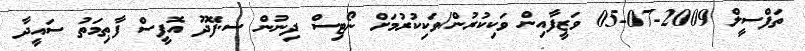
ތަފްސީލް 2009-07-05 ވަޒީފާއިން ވަކިކުރުން/ވަކިކުރުމަށް ނޯޓިސް ދިނުން ސ.ފޭދޫ އޮފީސް ފާޠިމަތު ސައީދާ